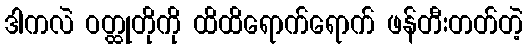
ဒါကလဲ ဝတ္ထုတိုကို ထိထိရောက်ရောက် ဖန်တီးတတ်တဲ့